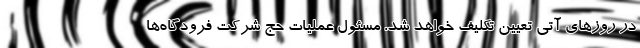
در روز‌های آتی تعیین تکلیف خواهد شد. مسئول عملیات حج شرکت فرودگاه‌ها